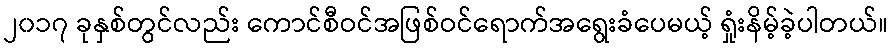
၂၀၁၇ ခုနှစ်တွင်လည်း ကောင်စီဝင်အဖြစ်ဝင်ရောက်အရွေးခံပေမယ့် ရှုံးနိမ့်ခဲ့ပါတယ်။